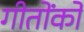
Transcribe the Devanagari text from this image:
गीतोंको